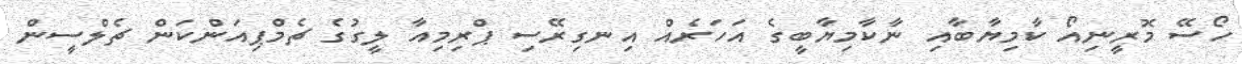
ހޯސޭ މޮރީނިއޯ ކާމިޔާބާއި ނާކާމިޔާބީގެ އަހަރެއް އިނގިރޭސި ޕްރިމިއާ ލީގުގެ ޗެމްޕިއަންކަން ޗެލްސީން